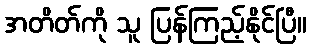
အတိတ်ကို သူ ပြန်ကြည့်နိုင်ပြီ။